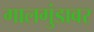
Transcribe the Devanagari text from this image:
गालगुंडावर